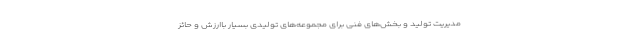
مدیریت تولید و بخش‌های فنی برای مجموعه‌های تولیدی بسیار باارزش و حائز